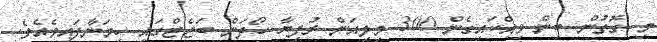
މި ގޮތުން ބިން ވިއްކައިގެން 300 މިލިއަން ރުފިޔާ ހޯދަން ބަޖެޓްގައި ހިމަނާފައިވެއެވެ.